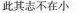
此其志不在小